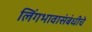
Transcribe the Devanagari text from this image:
लिंगभावासंबंधीचे